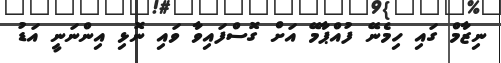
ނިޒާމް ގައި ހިމެނޭ ފުއްޕާމޭ އަށް ގޮސްފައިވާ ވައި ނޮޅި އިންނަނީ އަޑު